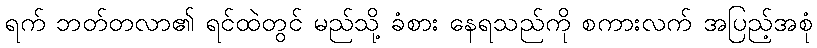
ရက် ဘတ်တလာ၏ ရင်ထဲတွင် မည်သို့ ခံစား နေရသည်ကို စကားလက် အပြည့်အစုံ